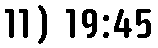
11) 19:45